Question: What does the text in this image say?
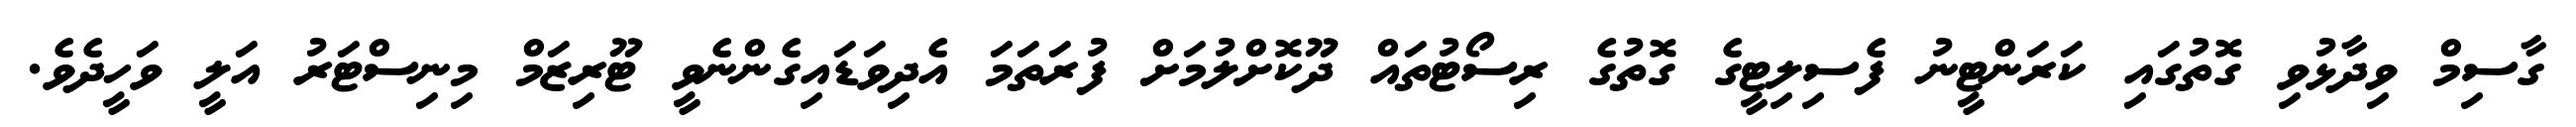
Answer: ގާސިމް ވިދާޅުވި ގޮތުގައި ކަރަންޓީނު ފެސިލިޓީގެ ގޮތުގެ ރިސޯޓުތައް ދޫކޮށްލުމަށް ފުރަތަމަ އެދިވަޑައިގެންނެވީ ޓޫރިޒަމް މިނިސްޓަރު އަލީ ވަހީދެވެ.